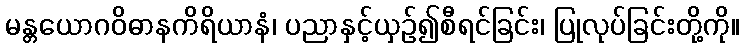
မန္တယောဂဝိဓာနကိရိယာနံ၊ ပညာနှင့်ယှဉ်၍စီရင်ခြင်း၊ ပြုလုပ်ခြင်းတို့ကို။